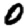
Digit: 0